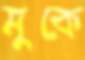
মুকে